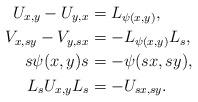
LaTeX: \begin{align*}U_{x,y}-U_{y,x}&=L_{\psi(x,y)},\\V_{x,sy}-V_{y,sx}&=-L_{\psi(x,y)}L_s,\\s\psi(x,y)s&=-\psi(sx,sy),\\L_sU_{x,y}L_s&=-U_{sx,sy}.\end{align*}